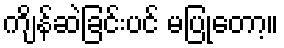
ကျိန်ဆဲခြင်းပင် မပြုတော့။